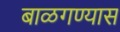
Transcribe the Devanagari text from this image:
बाळगण्यास